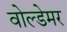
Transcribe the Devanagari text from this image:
वोल्डेमर